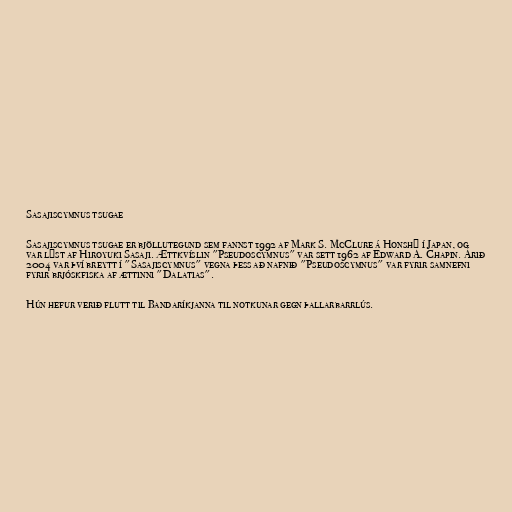
Sasajiscymnus tsugae

Sasajiscymnus tsugae er bjöllutegund sem fannst 1992 af Mark S. McClure á Honshū í Japan, og
var lýst af Hiroyuki Sasaji. Ættkvíslin "Pseudoscymnus" var sett 1962 af Edward A. Chapin. Árið
2004 var því breytt í "Sasajiscymnus" vegna þess að nafnið "Pseudoscymnus" var fyrir samnefni
fyrir brjóskfiska af ættinni "Dalatias".

Hún hefur verið flutt til Bandaríkjanna til notkunar gegn þallarbarrlús.